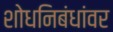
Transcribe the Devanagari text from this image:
शोधनिबंधांवर